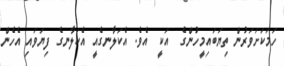
ހަމަކަށަވަރުން ތިޔަބައިމީހުންގެ  އަކީ  އެވެ. އެކަލާނގެއީ އެކަލާނގެ ފިޔަވައި އެހެން